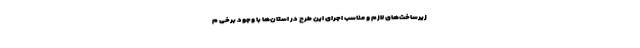
زیرساخت‌های لازم و مناسب اجرای این طرح در استان‌ها با وجود برخی م